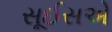
સૂઈસએ